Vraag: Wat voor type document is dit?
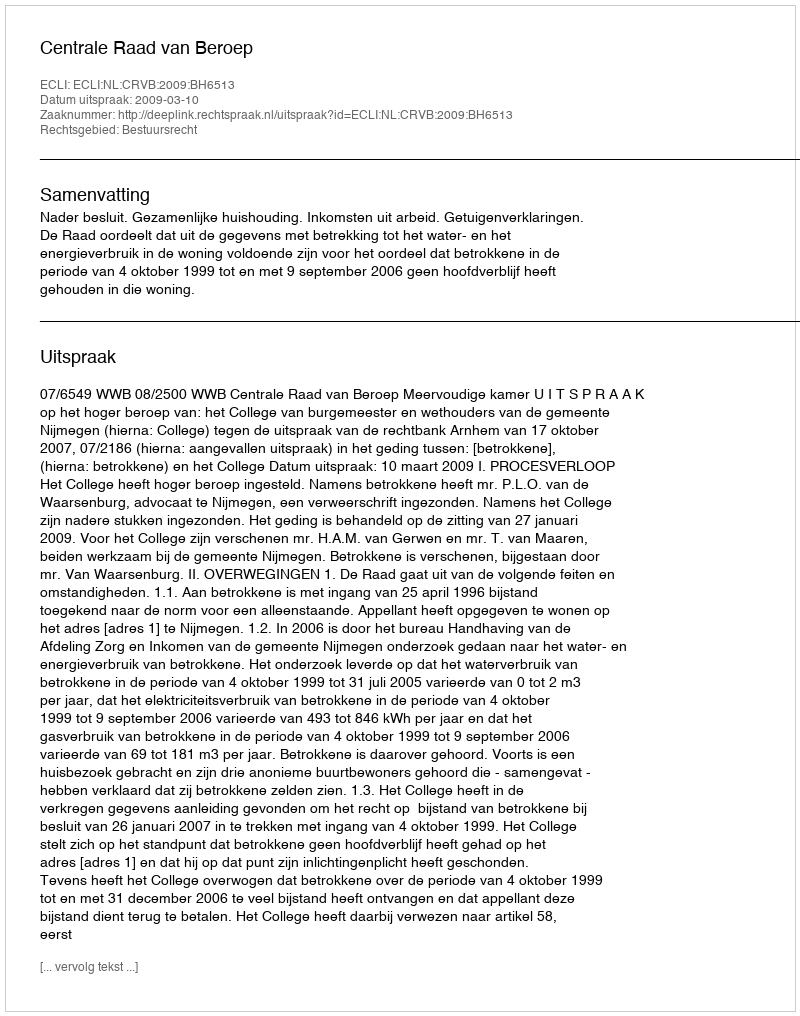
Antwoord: Uitspraak